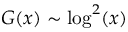
G ( x ) \sim \log ^ { 2 } ( x )